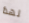
لهذا